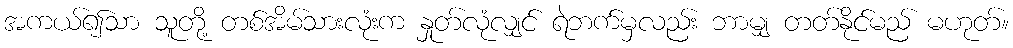
အကယ်၍သာ သူတို့ တစ်အိမ်သားလုံးက နှုတ်လုံလျှင် ရဲဘက်မှလည်း ဘာမျှ တတ်နိုင်မည် မဟုတ်။